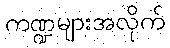
ကဏ္ဍများအလိုက်